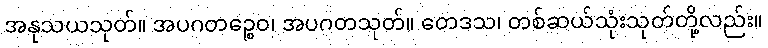
အနုသယသုတ်။ အပဂတဉ္စေဝ၊ အပဂတသုတ်။ တေဒသ၊ တစ်ဆယ်သုံးသုတ်တို့လည်း။